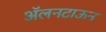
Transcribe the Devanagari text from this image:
ॲलनटाऊन